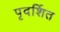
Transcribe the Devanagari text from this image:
पृदर्शित